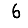
Digit: 6